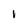
Character: i